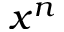
x ^ { n }